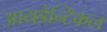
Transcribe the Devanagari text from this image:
आयडेन्टिकल